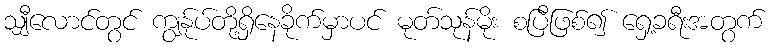
သျှီလောင်တွင် ကျွန်ုပ်တို့ရှိနေခိုက်မှာပင် မုတ်သုန်မိုး စပြီဖြစ်၍ ရှေ့ခရီးအတွက်